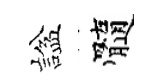
諡髓